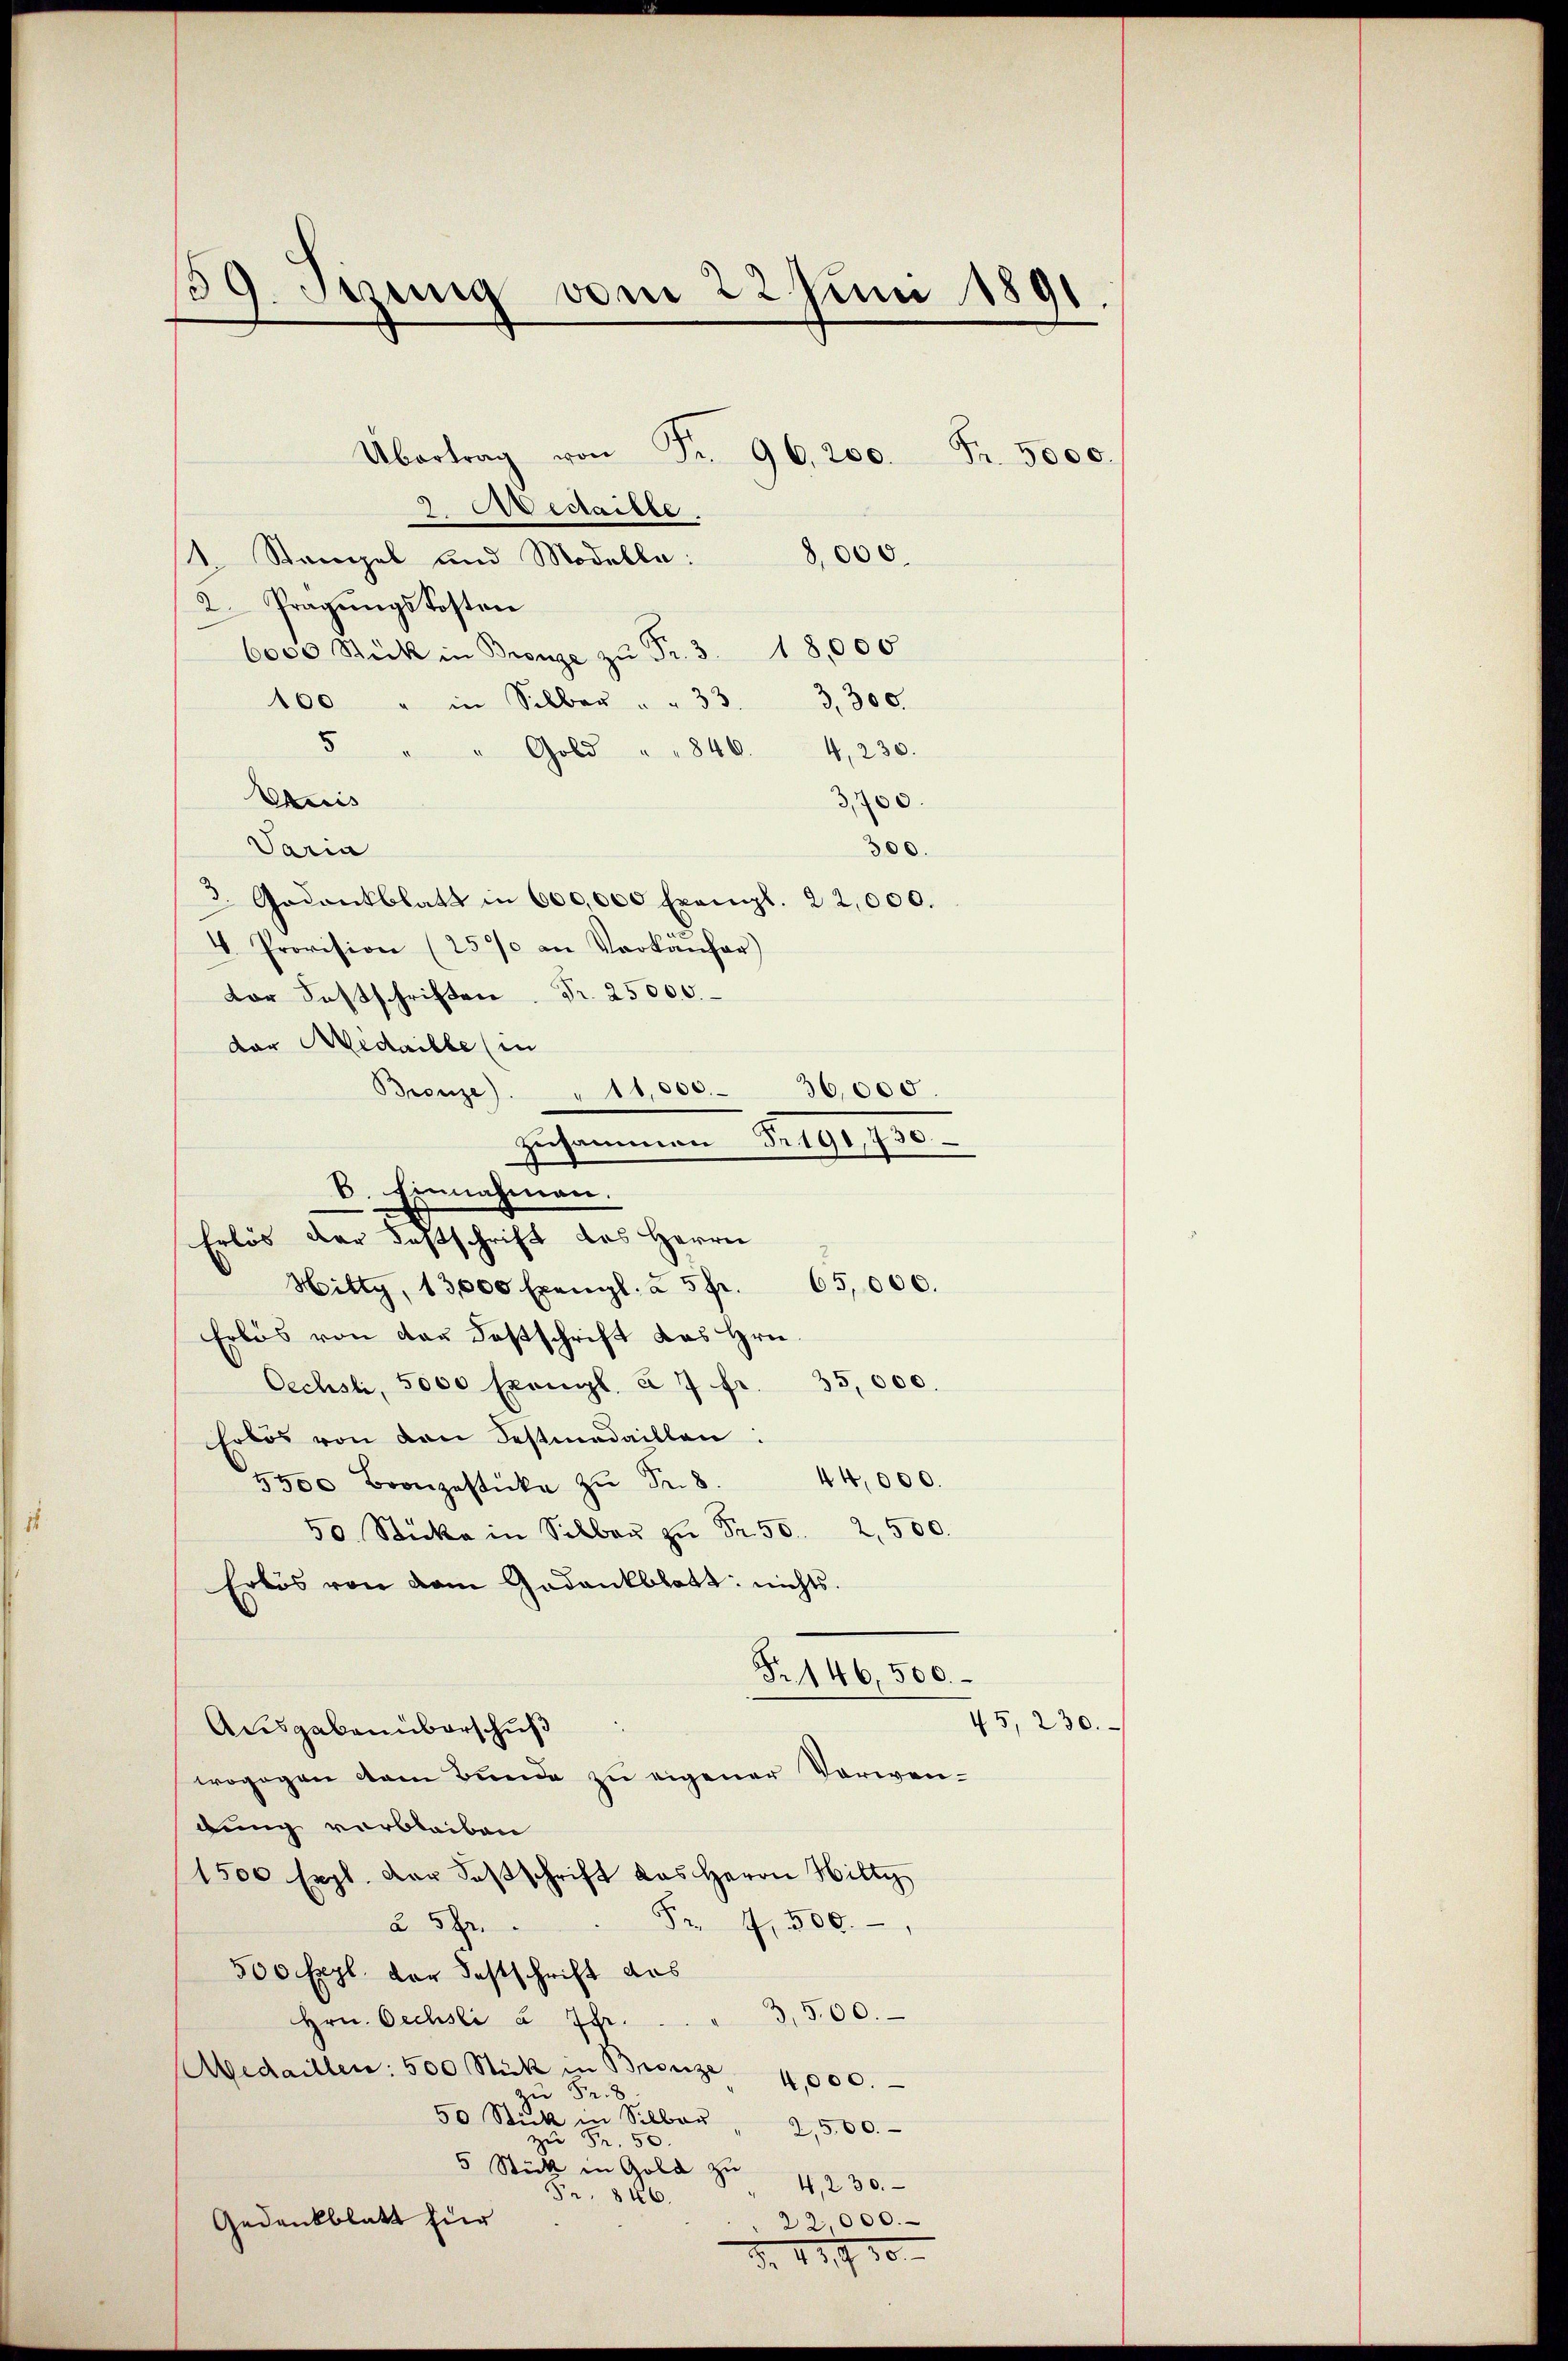
59. Sizung vom 22 Juni 1891.

3 Aectaille.
1. Stampel und Modelle: 8,000.
2. Prägungs Kosten
6000 Stück in Bronze zŭ Fr. 3. 18,000
100 " in Silber " " 33. 3. 300.
5
Gold " " 846. 4, 230.
Etuis
3,700.
Varia
300.
d. Gedankblatt in 600,000 Exempl. 22,000.
4. Provision (2500 an Verkäŭfer)
Dar Festschriften Fr. 25000.
der Medaille (in
Bronze). " 11,000.
36,000.
zusammen Fr. 191,750
Hittg, 13,000 Exengl. à 5 fr. 65,000.
Erlös von der Festschrift das Hrn.
Oechsli, 5000 Exonl. à 7 fr. 35,000.
Erlös von den Festnadaillen:
44,000.
5500 Bronzasticke zŭ Fr. 8.
50 Stücke in Silbaŭ zŭ Fr. 50. 2500.
Erlös von dem Gedankblatt nichts.
Fr. 146,500.
Ausgabenüberschuß
wogegen dem Bunde zu eigener Vorwendung verbleiben
1500 Expl. Der Festschrift das Herrn Hilty
F. 4, 500.
à 5 Fr.
500 Expl. der Festschrift das
3,500.
Hrn. Oechsli à Ihr.
Aedaillen: 500 Stick in Bronze 4,000.
Fr. 8
50 Stick in Silber
2,500.
zu Fr. 50.
5 Stück in Gold zu
4, 230.
Fr. 846.
Gedankblatt zur
22,000.
3. 419. 10.

B. Einnahmen.
Erlös der Festschrift des Herrn

Übertrag von Fr. 96,200. Fr. 5000

45, 230.